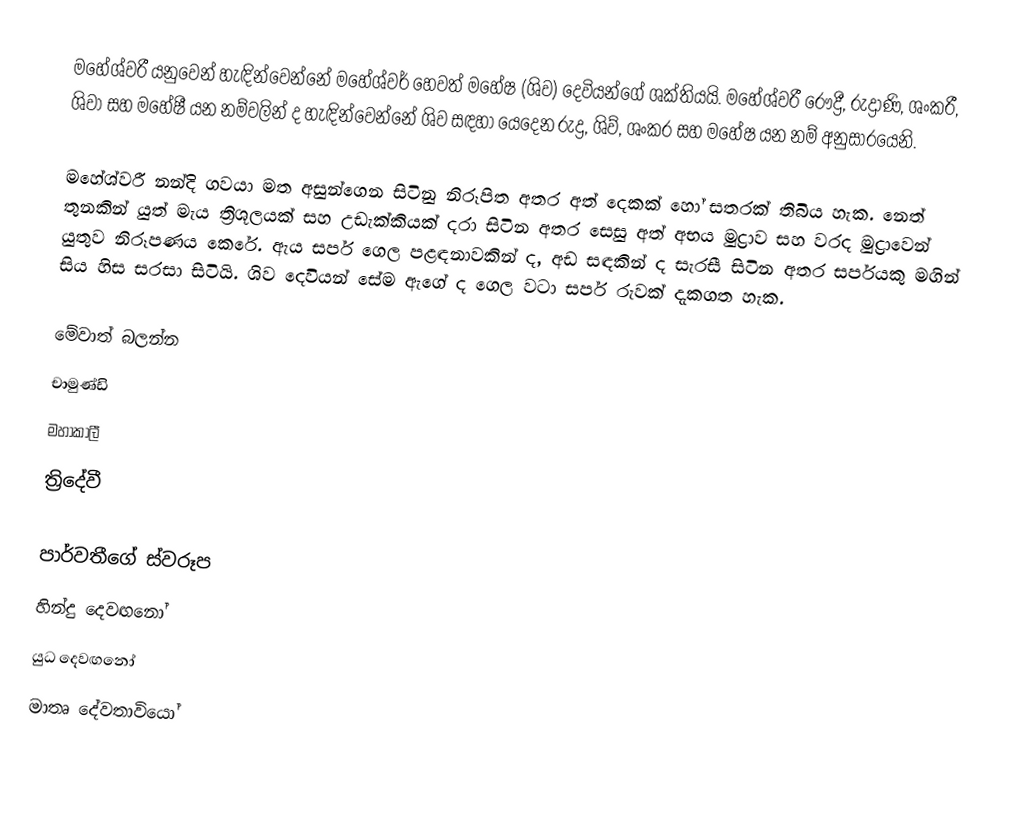
මහේශ්වරී යනුවෙන් හැඳින්වෙන්නේ මහේශ්වර් හෙවත් මහේෂ (ශිව) දෙවියන්ගේ ශක්තියයි. මහේශ්වරී රෞද්‍රී, රුද්‍රාණි, ශංකරී, ශිවා සහ මහේෂී යන නම්වලින් ද හැඳින්වෙන්නේ ශිව සඳහා යෙදෙන රුද්‍ර, ශිව්, ශංකර සහ මහේෂ යන නම් අනුසාරයෙනි.

මහේශ්වරී නන්දි ගවයා මත අසුන්ගෙන සිටිනු නිරූපිත අතර අත් දෙකක් හෝ සතරක් තිබිය හැක. නෙත් තුනකින් යුත් මැය ත්‍රිශූලයක් සහ උඩැක්කියක් දරා සිටින අතර සෙසු අත් අභය මුද්‍රාව සහ වරද මුද්‍රාවෙන් යුතුව නිරූපණය කෙරේ. ඇය සර්ප ගෙල පළඳනාවකින් ද, අඩ සඳකින් ද සැරසී සිටින අතර සර්පයකු මගින් සිය හිස සරසා සිටියි.  ශිව දෙවියන් සේම ඇගේ ද ගෙල වටා සර්ප රුවක් දැකගත හැක.

මේවාත් බලන්න
 චාමුණ්ඩි
 මහාකාලී
 ත්‍රිදේවී

පාර්වතීගේ ස්වරූප
හින්දු දෙවඟනෝ
යුධ දෙවඟනෝ
මාතෘ දේවතාවියෝ